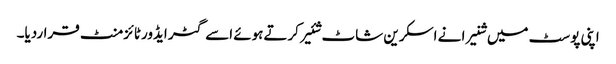
اپنی پوسٹ میں شنیرا نے اسکرین شاٹ شئیر کرتےہوئے اسے گٹر ایڈورٹائزمنٹ قراردیا۔